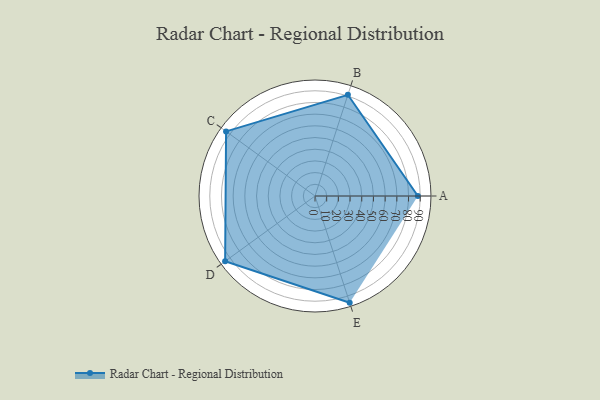
{"axis": {"x": "Skill", "y": "Score"}, "legend": ["Profile"], "data": [{"x": "A", "y": 88.0, "type": "Profile"}, {"x": "B", "y": 91.0, "type": "Profile"}, {"x": "C", "y": 94.0, "type": "Profile"}, {"x": "D", "y": 95.0, "type": "Profile"}, {"x": "E", "y": 96.0, "type": "Profile"}]}